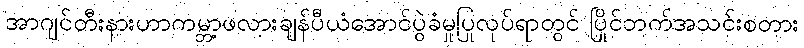
အာဂျင်တီးနားဟာကမ္ဘာ့ဖလားချန်ပီယံအောင်ပွဲခံမှုပြုလုပ်ရာတွင် ပြိုင်ဘက်အသင်းစတား